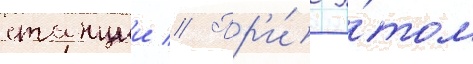
станции // Пр'и́ э́том